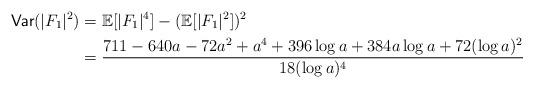
LaTeX: \begin{align*}\textsf{Var}(|F_1|^2)&= \mathbb{E}[|F_1|^4] - (\mathbb{E}[|F_1|^2])^2 \\&= \frac{711 - 640 a - 72 a^2 + a^4 + 396 \log{a} + 384 a \log{a} + 72 (\log{a})^2}{18 (\log{a})^4}\end{align*}